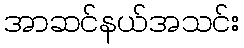
အာဆင်နယ်အသင်း